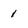
Character: 1